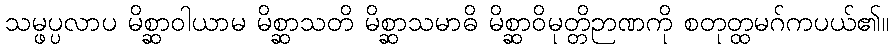
သမ္ဖပ္ပလာပ မိစ္ဆာဝါယာမ မိစ္ဆာသတိ မိစ္ဆာသမာဓိ မိစ္ဆာဝိမုတ္တိဉာဏကို စတုတ္ထမဂ်ကပယ်၏။